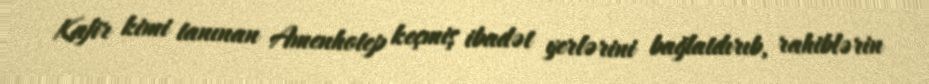
Kafir kimi tanınan Amenhotep keçmiş ibadət yerlərini bağlatdırıb, rahiblərin